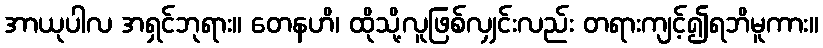
အာယုပါလ အရှင်ဘုရား။ တေနဟိ၊ ထိုသို့လူဖြစ်လျှင်းလည်း တရားကျင့်၍ရဘိမူကား။